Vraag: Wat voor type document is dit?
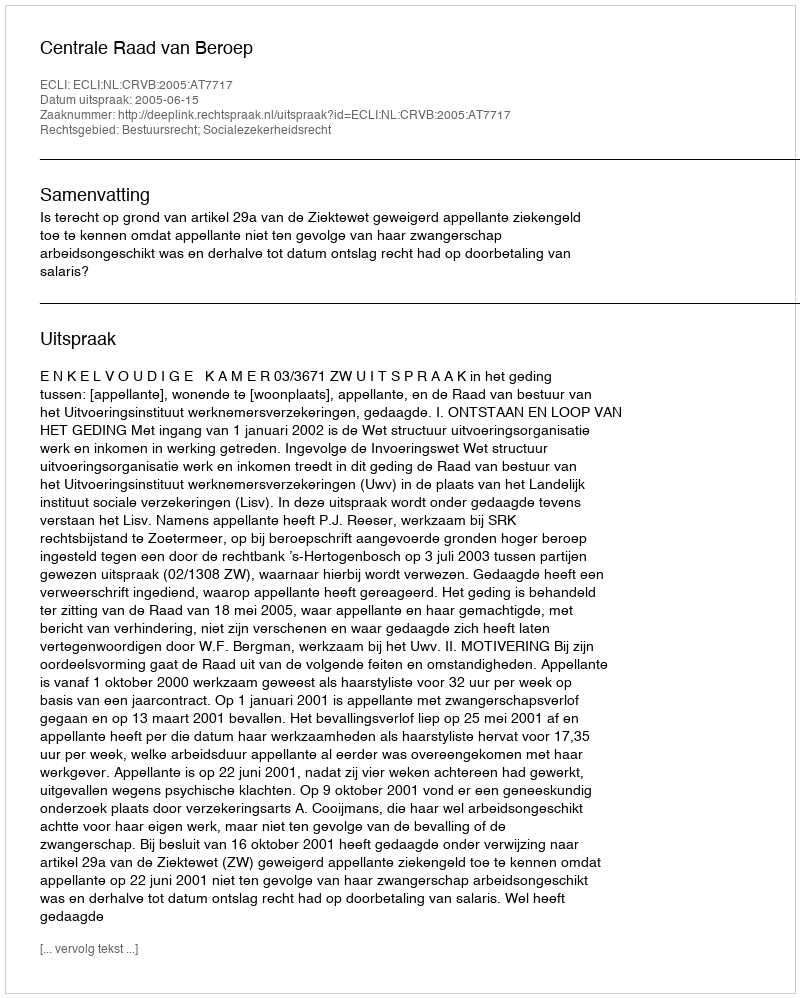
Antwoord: Uitspraak